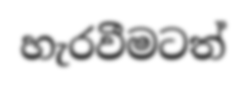
හැරවීමටත්